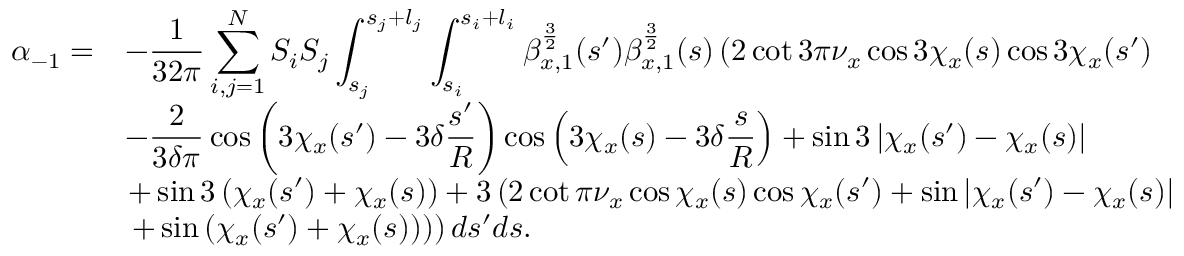
\begin{array} { c l } { \displaystyle \alpha _ { - 1 } = } & { \displaystyle - \frac { 1 } { 3 2 \pi } \sum _ { i , j = 1 } ^ { N } { S _ { i } S _ { j } \int _ { s _ { j } } ^ { s _ { j } + l _ { j } } \int _ { s _ { i } } ^ { s _ { i } + l _ { i } } { \beta _ { x , 1 } ^ { \frac { 3 } { 2 } } ( s ^ { \prime } ) \beta _ { x , 1 } ^ { \frac { 3 } { 2 } } ( s ) \left( 2 \cot { 3 \pi \nu _ { x } } \cos { 3 \chi _ { x } ( s ) } \cos { 3 \chi _ { x } ( s ^ { \prime } ) } \right. } } } \\ & { \displaystyle - \frac { 2 } { 3 \delta \pi } \cos { \left( 3 \chi _ { x } ( s ^ { \prime } ) - 3 \delta \frac { s ^ { \prime } } { R } \right) } \cos { \left( 3 \chi _ { x } ( s ) - 3 \delta \frac { s } { R } \right) } + \sin { 3 \left| \chi _ { x } ( s ^ { \prime } ) - \chi _ { x } ( s ) \right| } } \\ & { \left. + \sin { 3 \left( \chi _ { x } ( s ^ { \prime } ) + \chi _ { x } ( s ) \right) } + 3 \left( 2 \cot { \pi \nu _ { x } } \cos { \chi _ { x } ( s ) } \cos { \chi _ { x } ( s ^ { \prime } ) } + \sin { \left| \chi _ { x } ( s ^ { \prime } ) - \chi _ { x } ( s ) \right| } \right. \right. } \\ & { \left. \left. + \sin { \left( \chi _ { x } ( s ^ { \prime } ) + \chi _ { x } ( s ) \right) } \right) \right) d s ^ { \prime } d s . } \end{array}